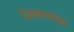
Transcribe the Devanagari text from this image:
चिंतनासाठीही